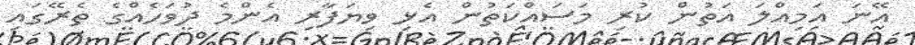
އޭނަ އަމިއްލަ އަތުން ކުރި މަސައްކަތުން އެޅި ވިޔަފާރި އެންމެ ދުވަހެއްގެ ތެރޭގައި